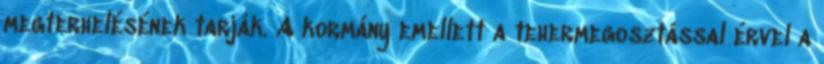
megterhelésének tarják. A kormány emellett a tehermegosztással érvel a